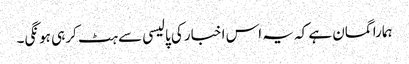
ہمارا گمان ہے کہ یہ اس اخبار کی پالیسی سے ہٹ کر ہی ہونگی۔